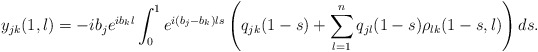
\begin{align*} y_{jk}(1,\l) = -i b_j e^{i b_k \l} \int_{0}^1 e^{i (b_j-b_k) \l s}\left(q_{jk}(1-s) +\sum_{l=1}^n q_{jl}(1-s)\rho_{lk}(1-s,\l)\right)ds.\end{align*}